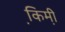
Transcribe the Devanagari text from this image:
कि़मी़